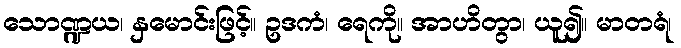
သောဏ္ဍယ၊ နှမောင်းဖြင့်။ ဥဒကံ၊ ရေကို။ အာဟိတွာ၊ ယူ၍။ မာတရံ၊